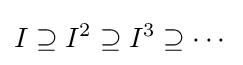
I\supseteq I^{2}\supseteq I^{3}\supseteq \cdots